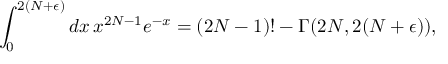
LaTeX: \int _ { 0 } ^ { 2 ( N + \epsilon ) } d x \, x ^ { 2 N - 1 } e ^ { - x } = ( 2 N - 1 ) ! - \Gamma ( 2 N , 2 ( N + \epsilon ) ) ,